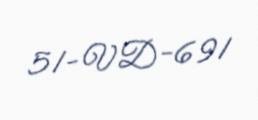
51-VD-691